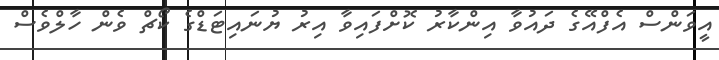
އީވަންސް އެފްއޭގެ ދައުވާ އިންކާރު ކޮށްފައިވާ އިރު ޔުނައިޓަޑްގެ ކޯޗް ވެން ހާލްވެސް